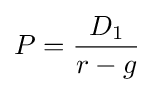
P={\frac {D_{1}}{r-g}}